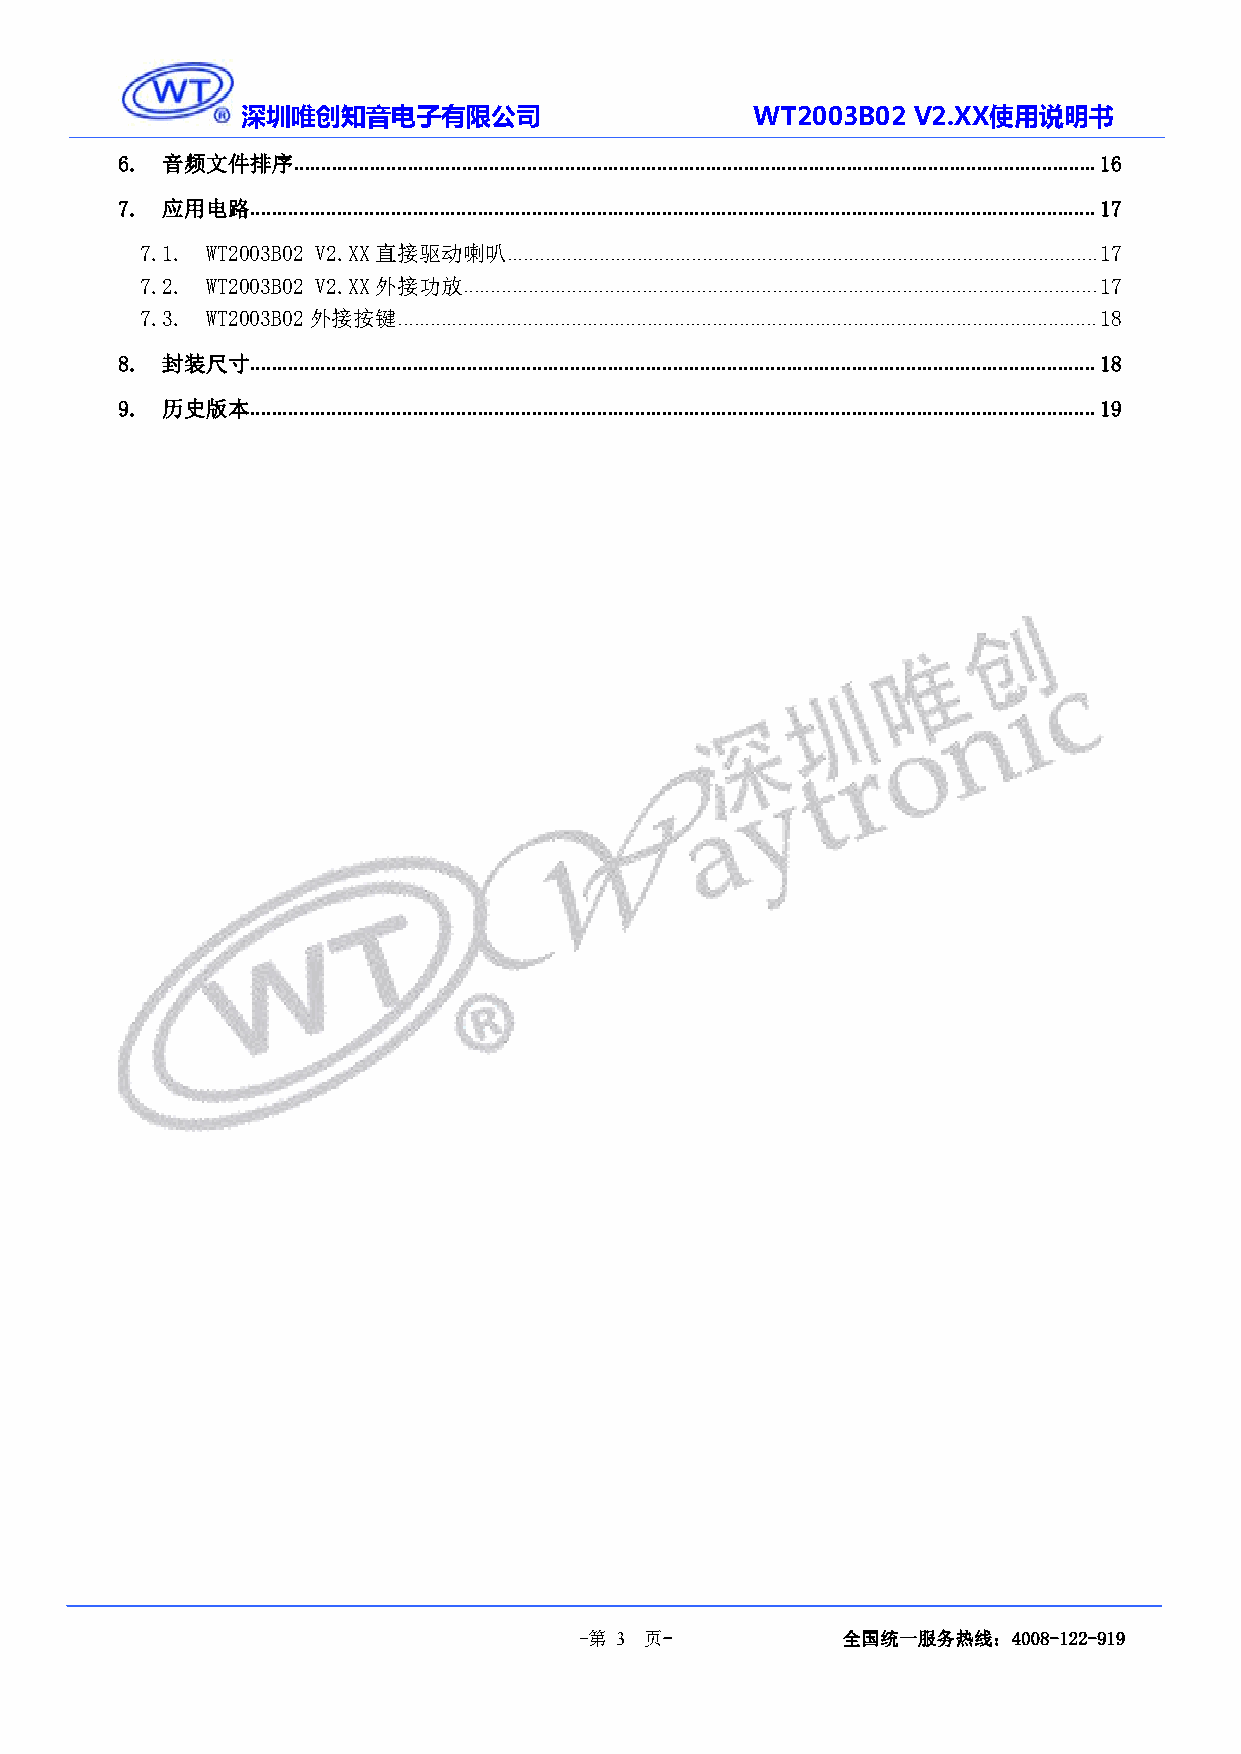
深圳唯创知音电子有限公司                      WT2003B02 V2.XX使用说明书
 6. 音频文件排序....................................................................................................................................................16
 7. 应用电路............................................................................................................................................................17
 7.1. WT2003B02 V2.XX直接驱动喇叭.............................................................................................................17
 7.2. WT2003B02 V2.XX外接功放.....................................................................................................................17
 7.3. WT2003B02外接按键.................................................................................................................................18
 8. 封装尺寸............................................................................................................................................................18
 9. 历史版本............................................................................................................................................................19
 -第 3 页-           全国统一服务热线：4008-122-919